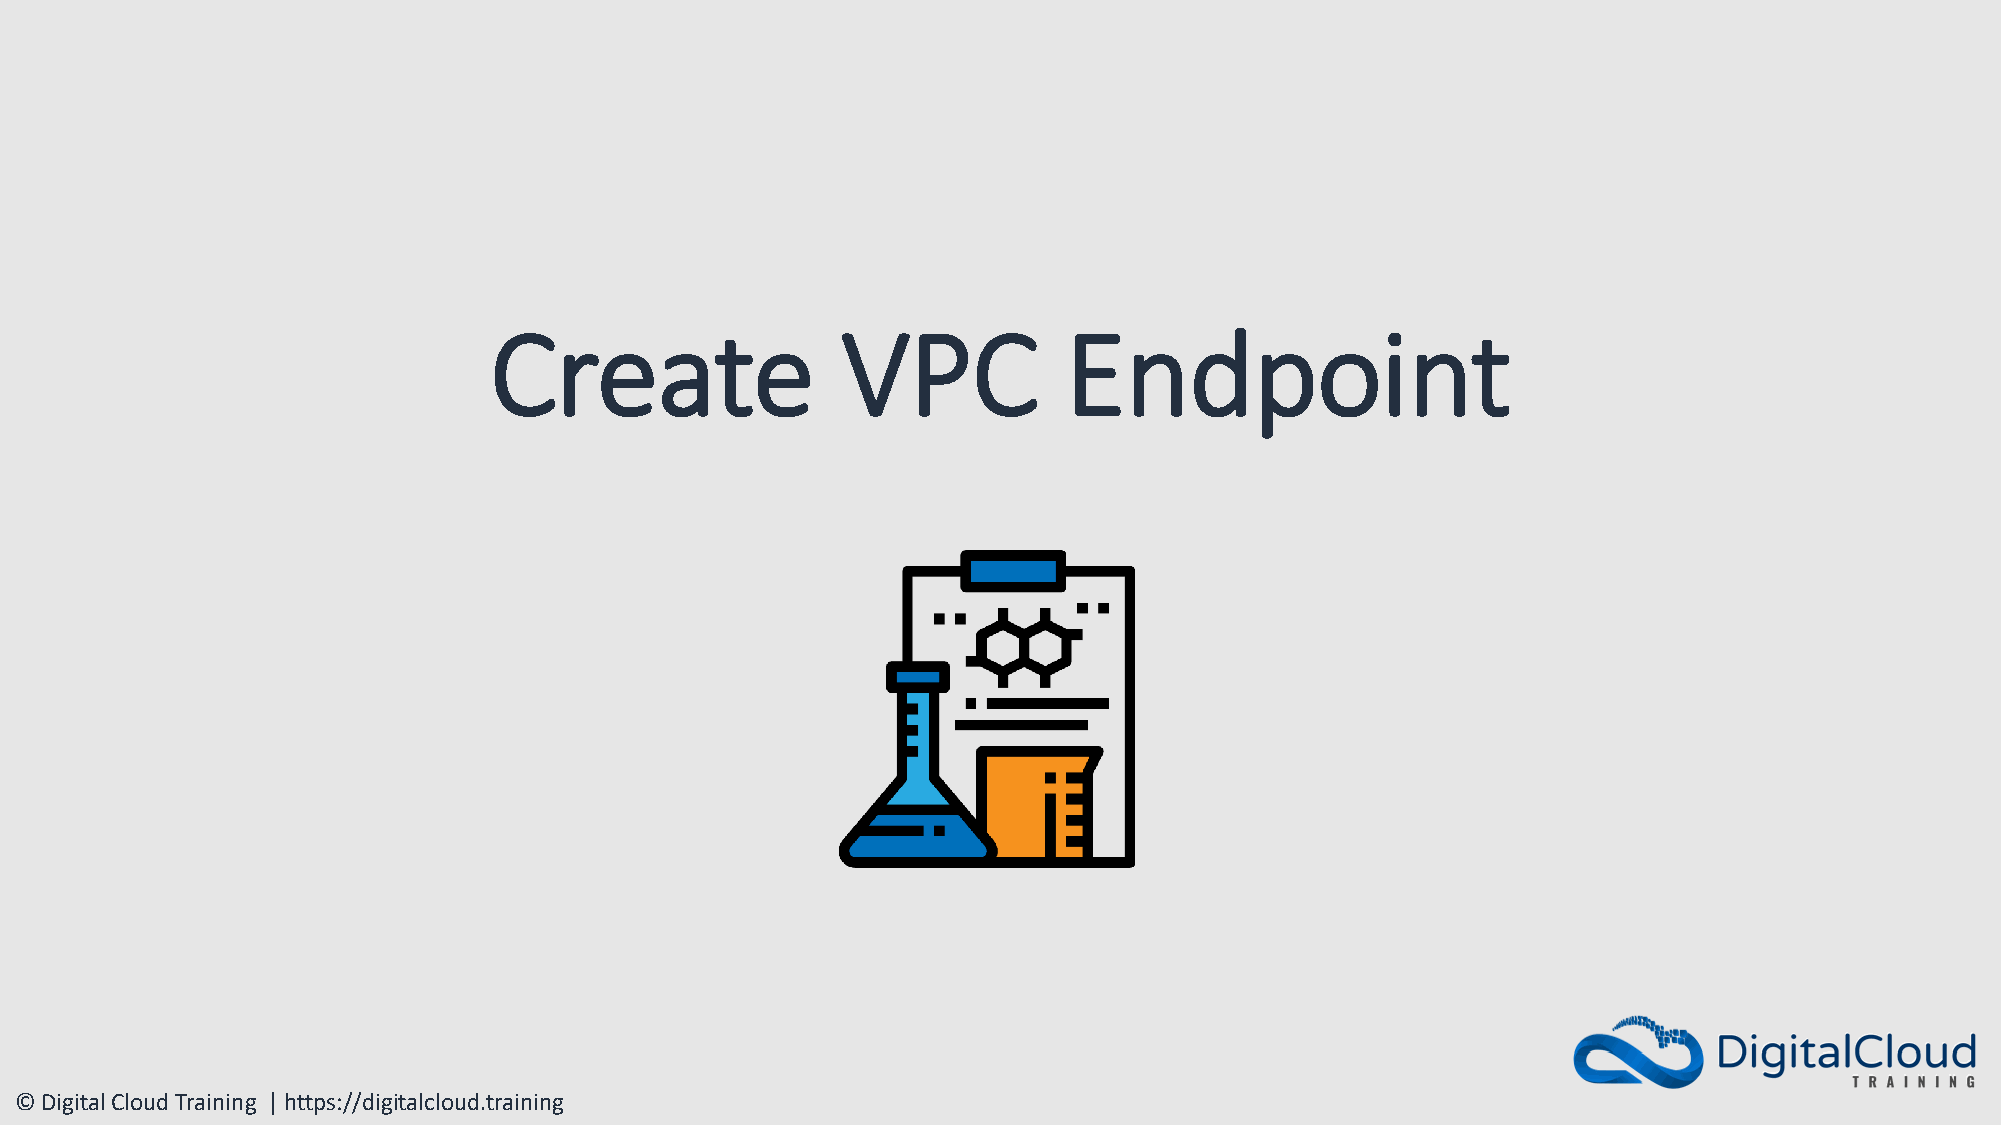
Create                  VPC           Endpoint
 © Digital Cloud Training | https://digitalcloud.training